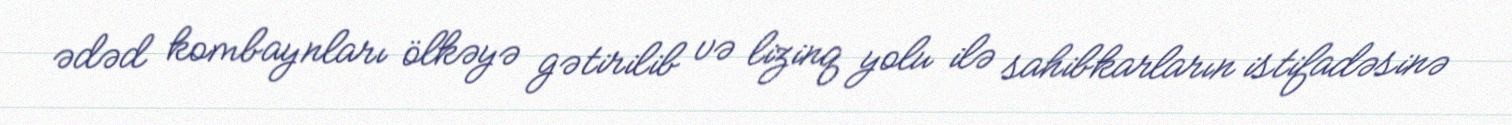
ədəd kombaynları ölkəyə gətirilib və lizinq yolu ilə sahibkarların istifadəsinə